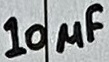
Text: 10µF